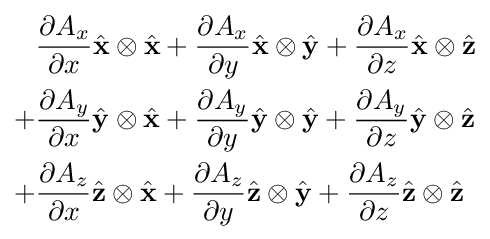
{\begin{aligned}{}&{\frac {\partial A_{x}}{\partial x}}{\hat {\mathbf {x} }}\otimes {\hat {\mathbf {x} }}+{\frac {\partial A_{x}}{\partial y}}{\hat {\mathbf {x} }}\otimes {\hat {\mathbf {y} }}+{\frac {\partial A_{x}}{\partial z}}{\hat {\mathbf {x} }}\otimes {\hat {\mathbf {z} }}\\{}+&{\frac {\partial A_{y}}{\partial x}}{\hat {\mathbf {y} }}\otimes {\hat {\mathbf {x} }}+{\frac {\partial A_{y}}{\partial y}}{\hat {\mathbf {y} }}\otimes {\hat {\mathbf {y} }}+{\frac {\partial A_{y}}{\partial z}}{\hat {\mathbf {y} }}\otimes {\hat {\mathbf {z} }}\\{}+&{\frac {\partial A_{z}}{\partial x}}{\hat {\mathbf {z} }}\otimes {\hat {\mathbf {x} }}+{\frac {\partial A_{z}}{\partial y}}{\hat {\mathbf {z} }}\otimes {\hat {\mathbf {y} }}+{\frac {\partial A_{z}}{\partial z}}{\hat {\mathbf {z} }}\otimes {\hat {\mathbf {z} }}\end{aligned}}